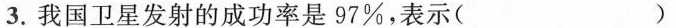
3.我国卫星发射的成功率是97%，表示( )